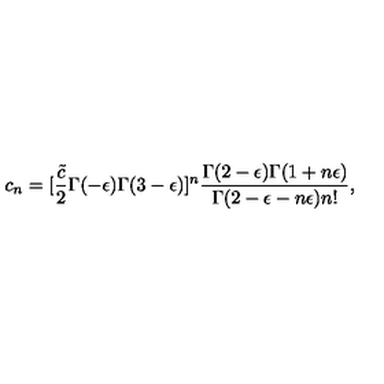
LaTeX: c _ { n } = [ { \frac { \tilde { c } } { 2 } } \Gamma ( - \epsilon ) \Gamma ( 3 - \epsilon ) ] ^ { n } \frac { \Gamma ( 2 - \epsilon ) \Gamma ( 1 + n \epsilon ) } { \Gamma ( 2 - \epsilon - n \epsilon ) n ! } ,